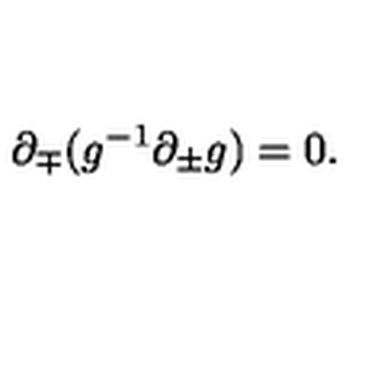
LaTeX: { \partial } _ { \mp } ( g ^ { - 1 } { \partial } _ { \pm } g ) = 0 .